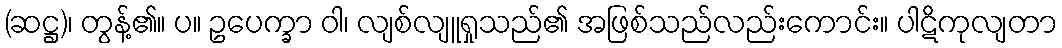
(ဆဋ္ဌ)၊ တွန့်၏။ ပ။ ဥပေက္ခာ ဝါ၊ လျစ်လျူရှုသည်၏ အဖြစ်သည်လည်းကောင်း။ ပါဋိကုလျတာ